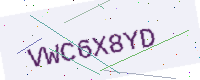
Text: VWC6X8YD